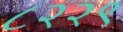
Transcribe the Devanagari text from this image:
८२२९